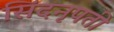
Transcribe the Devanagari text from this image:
सिंदनृपती